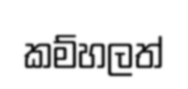
කම්හලත්